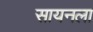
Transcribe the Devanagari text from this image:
सायनला